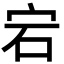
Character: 宕